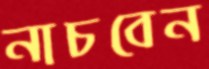
নাচবেন